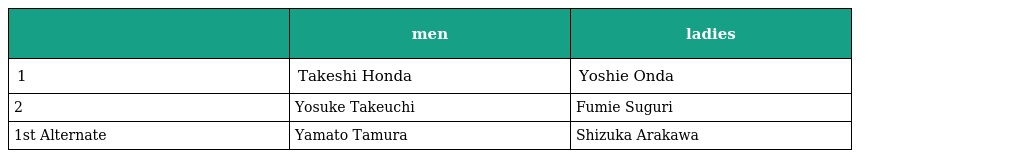
|  | men | ladies |
 | --- | --- | --- |
 | 1 | Takeshi Honda | Yoshie Onda |
 | 2 | Yosuke Takeuchi | Fumie Suguri |
 | 1st Alternate | Yamato Tamura | Shizuka Arakawa |